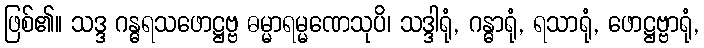
ဖြစ်၏။ သဒ္ဒ ဂန္ဓရသဖောဋ္ဌဗ္ဗ ဓမ္မာရမ္မဏေသုပိ၊ သဒ္ဒါရုံ, ဂန္ဓာရုံ, ရသာရုံ, ဖောဋ္ဌဗ္ဗာရုံ,